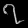
Digit: ၇